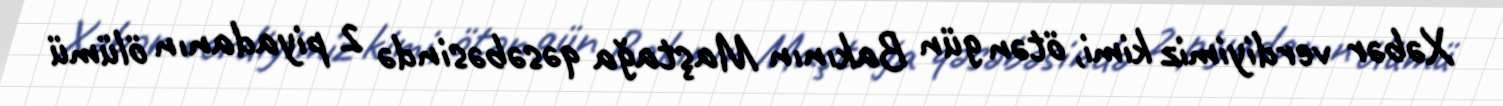
Xəbər verdiyimiz kimi, ötən gün Bakının Maştağa qəsəbəsində 2 piyadanın ölümü